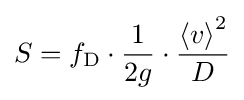
S=f_{\text{D}}\cdot {\frac {1}{2g}}\cdot {\frac {{\langle v\rangle }^{2}}{D}}